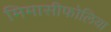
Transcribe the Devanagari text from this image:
मिमासीफोलिया